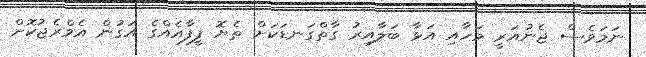
ނަމަވެސް ޖެނުއަރީ މަހާއި އަޅާ ބަލާއިރު ގާތްގަނޑަކަށް ތެޔޮ ފީފާއެއްގެ އަގުން އެވްރެޖުކޮށް